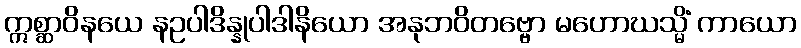
ဣစ္ဆာဝိနယေ နဥပါဒိန္နုပါဒါနိယော အနုဘဝိတဗ္ဗော မဟောဃသ္မိံ ကာယော